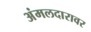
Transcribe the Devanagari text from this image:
अंमलदारावर